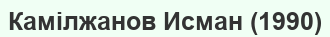
Камілжанов Исман (1990)